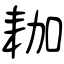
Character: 耞